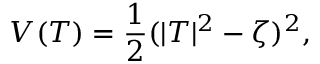
V ( T ) = \frac 1 2 ( | T | ^ { 2 } - \zeta ) ^ { 2 } ,